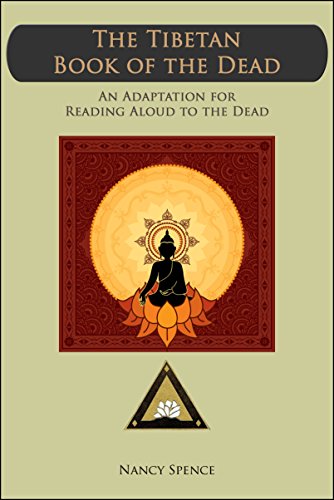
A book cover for The Tibetan Book of the Dead:  An Adaptation for Reading Aloud to the Dead; Nancy Spence; Religion & Spirituality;